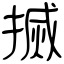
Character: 搣